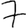
Digit: 7